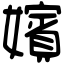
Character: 嬪